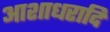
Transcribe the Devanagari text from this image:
आशाधरादि